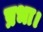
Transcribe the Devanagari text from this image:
प्रभा।